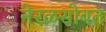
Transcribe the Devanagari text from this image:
नेरळसोबत